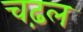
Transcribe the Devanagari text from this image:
चढ़ल